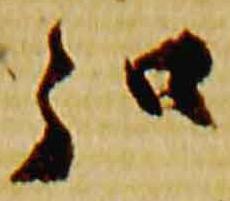
弘